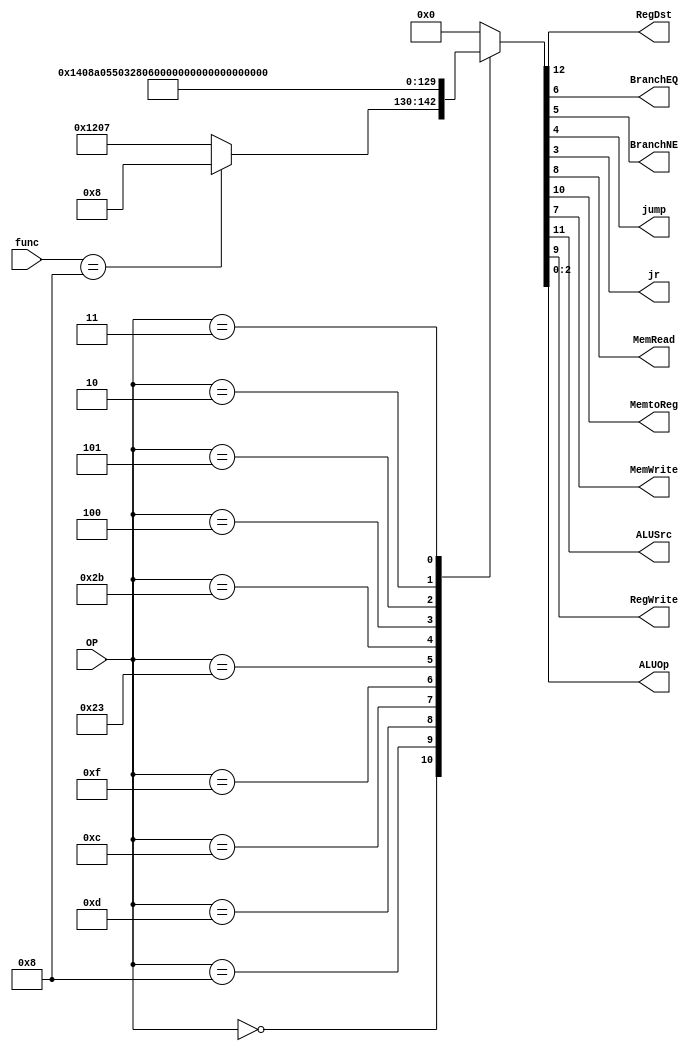
module Control
(
	input [5:0]OP,
	input [5:0]func, // para diferenciar a la instruccion jr 
	
	output RegDst,
	output BranchEQ,
	output BranchNE,
	output jump, // nuevo wire 
	output jr,	//nuevo wire
	output MemRead,
	output MemtoReg,
	output MemWrite,
	output ALUSrc,
	output RegWrite,
	output [2:0]ALUOp
);



localparam R_Type = 0;
localparam I_Type_ADDI	= 6'h08;
localparam I_Type_ORI 	= 6'h0d;

localparam I_Type_ANDI	= 6'h0c;
localparam I_Type_BEQ   = 6'h04;
localparam I_Type_BNE   = 6'h05;

localparam I_Type_LUI	= 6'h0f;
localparam I_Type_LW		= 6'h23;
localparam I_Type_SW 	= 6'h2b;

localparam J_Type_J		= 6'h02; 
localparam J_Type_JAL	= 6'h03;

reg [13:0] ControlValues;

always@(OP or func) begin
	case(OP)
		R_Type:      
				case(func) 
				6'h8: //si el func es la instruccion jr
					ControlValues = 13'b0_000_00_00_01_000; // se prende wire jr
				default
					ControlValues = 13'b1_001_00_00_00_111; 
				endcase
				
		
		I_Type_ADDI:		ControlValues = 13'b0_101_00_00_00_100;
		I_Type_ORI:			ControlValues = 13'b0_101_00_00_00_101;
		
		I_Type_ANDI:		ControlValues = 13'b0_101_00_00_00_110;
		I_Type_LUI:			ControlValues = 13'b0_101_00_00_00_001;
		
		I_Type_LW:			ControlValues = 13'b0_111_10_00_00_010;
		I_Type_SW:			ControlValues = 13'b0_100_01_00_00_010;
		
		I_Type_BEQ:			ControlValues = 13'b0_000_00_10_00_011;
		I_Type_BNE:			ControlValues = 13'b0_000_00_01_00_011;
		
			
		J_Type_J:			ControlValues = 13'b0_000_00_00_10_000; // prender wire jump
		J_Type_JAL:			ControlValues = 13'b0_001_00_00_10_000; // prender wire jal
		
		default:
			ControlValues= 13'b00000000000000;
		endcase
end	
	

assign RegDst   = ControlValues[12];
assign ALUSrc   = ControlValues[11];
assign MemtoReg = ControlValues[10];
assign RegWrite = ControlValues[9];
assign MemRead  = ControlValues[8];
assign MemWrite = ControlValues[7];
assign BranchEQ = ControlValues[6];
assign BranchNE = ControlValues[5];
//wires de tipo jump
assign jump		 = ControlValues[4];
assign jr		 = ControlValues[3];
assign ALUOp    = ControlValues[2:0];




endmodule